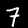
Digit: 7